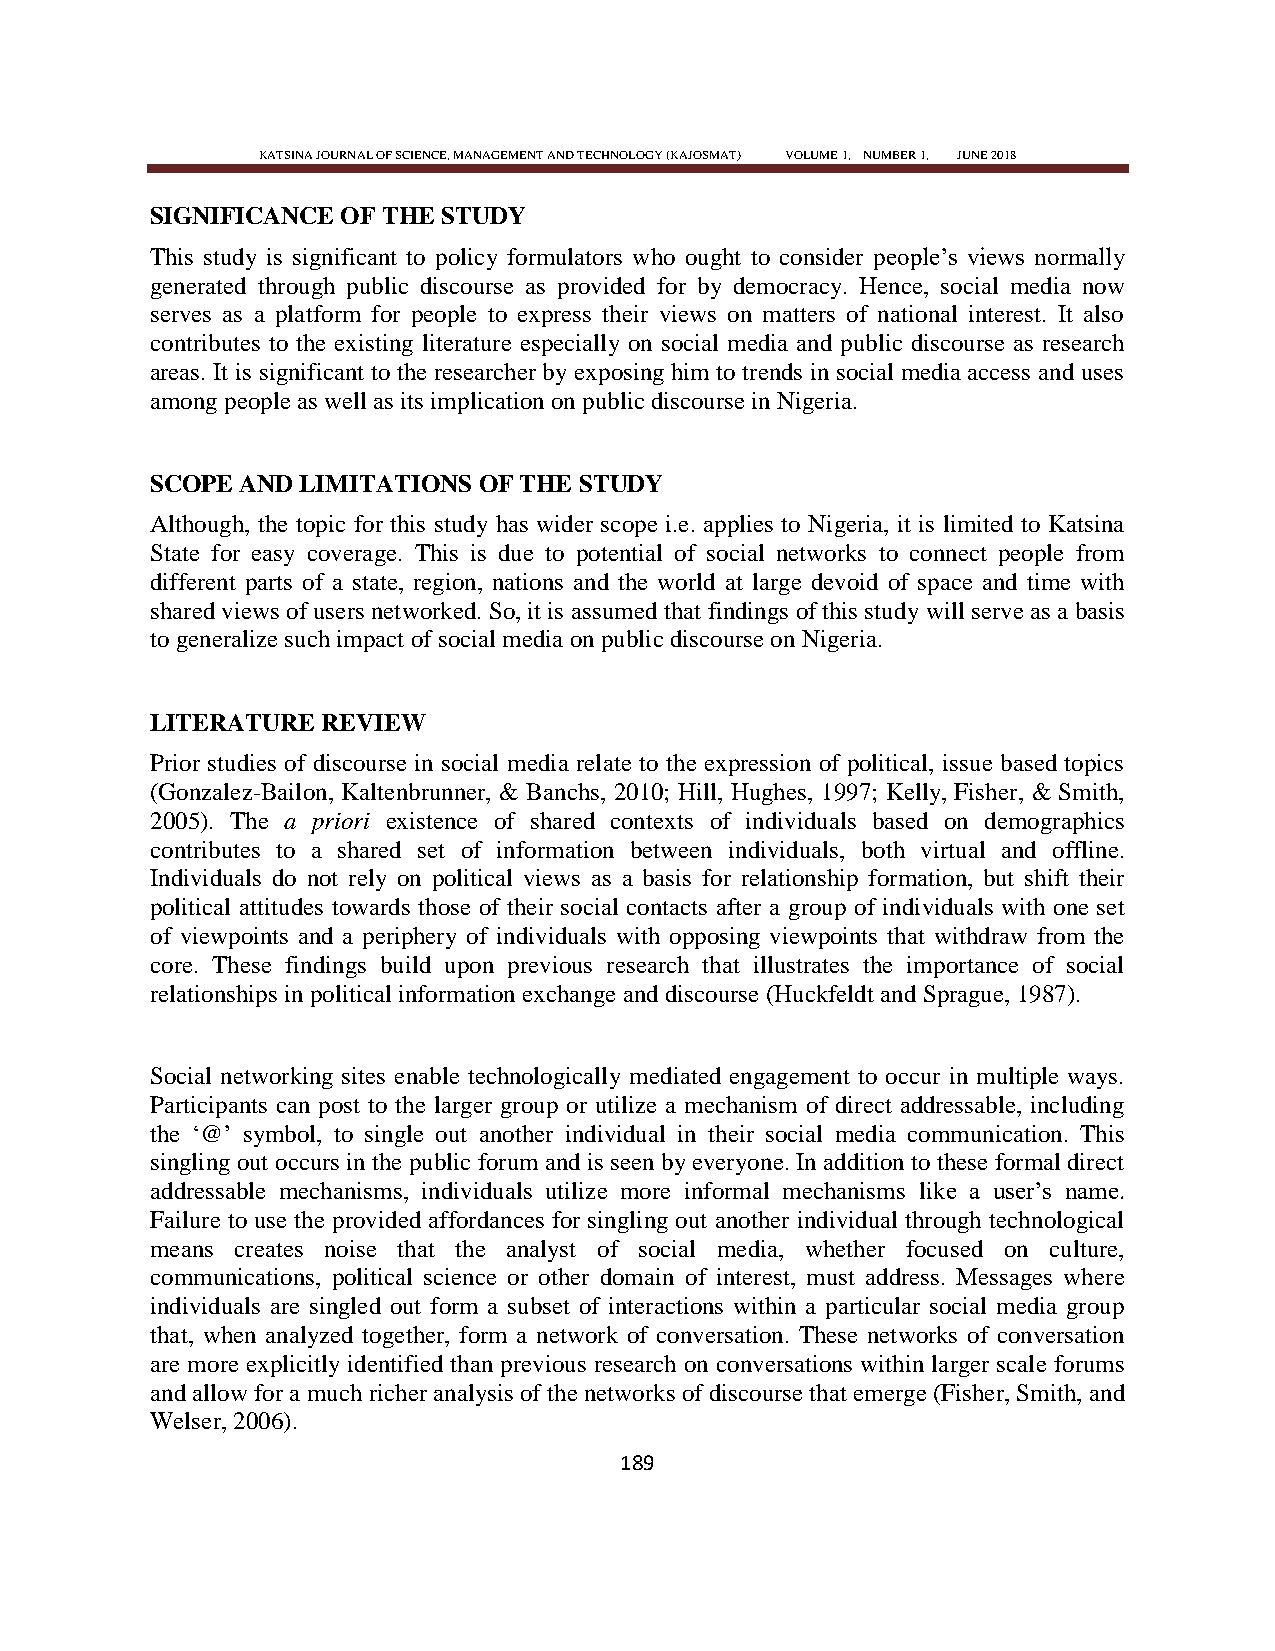
KATSINA JOURNAL OF SCIENCE, MANAGEMENT AND TECHNOLOGY (KAJOSMAT) VOLUME 1, NUMBER 1, JUNE 2018
 SIGNIFICANCE OF THE STUDY
 This study is significant to policy formulators who ought to consider people‘s views normally
 generated through public discourse as provided for by democracy. Hence, social media now
 serves as a platform for people to express their views on matters of national interest. It also
 contributes to the existing literature especially on social media and public discourse as research
 areas. It is significant to the researcher by exposing him to trends in social media access and uses
 among people as well as its implication on public discourse in Nigeria.
 SCOPE AND LIMITATIONS OF THE STUDY
 Although, the topic for this study has wider scope i.e. applies to Nigeria, it is limited to Katsina
 State for easy coverage. This is due to potential of social networks to connect people from
 different parts of a state, region, nations and the world at large devoid of space and time with
 shared views of users networked. So, it is assumed that findings of this study will serve as a basis
 to generalize such impact of social media on public discourse on Nigeria.
 LITERATURE REVIEW
 Prior studies of discourse in social media relate to the expression of political, issue based topics
 (Gonzalez-Bailon, Kaltenbrunner, & Banchs, 2010; Hill, Hughes, 1997; Kelly, Fisher, & Smith,
 2005). The a priori existence of shared contexts of individuals based on demographics
 contributes to a shared set of information between individuals, both virtual and offline.
 Individuals do not rely on political views as a basis for relationship formation, but shift their
 political attitudes towards those of their social contacts after a group of individuals with one set
 of viewpoints and a periphery of individuals with opposing viewpoints that withdraw from the
 core. These findings build upon previous research that illustrates the importance of social
 relationships in political information exchange and discourse (Huckfeldt and Sprague, 1987).
 Social networking sites enable technologically mediated engagement to occur in multiple ways.
 Participants can post to the larger group or utilize a mechanism of direct addressable, including
 the ‗@‘ symbol, to single out another individual in their social media communication. This
 singling out occurs in the public forum and is seen by everyone. In addition to these formal direct
 addressable mechanisms, individuals utilize more informal mechanisms like a user‘s name.
 Failure to use the provided affordances for singling out another individual through technological
 means creates noise that the analyst of social media, whether focused on culture,
 communications, political science or other domain of interest, must address. Messages where
 individuals are singled out form a subset of interactions within a particular social media group
 that, when analyzed together, form a network of conversation. These networks of conversation
 are more explicitly identified than previous research on conversations within larger scale forums
 and allow for a much richer analysis of the networks of discourse that emerge (Fisher, Smith, and
 Welser, 2006).
 189